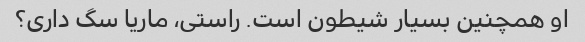
او همچنین بسیار شیطون است. راستی، ماریا سگ داری؟